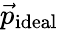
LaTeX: \vec{p}_{\mathrm{ideal}}